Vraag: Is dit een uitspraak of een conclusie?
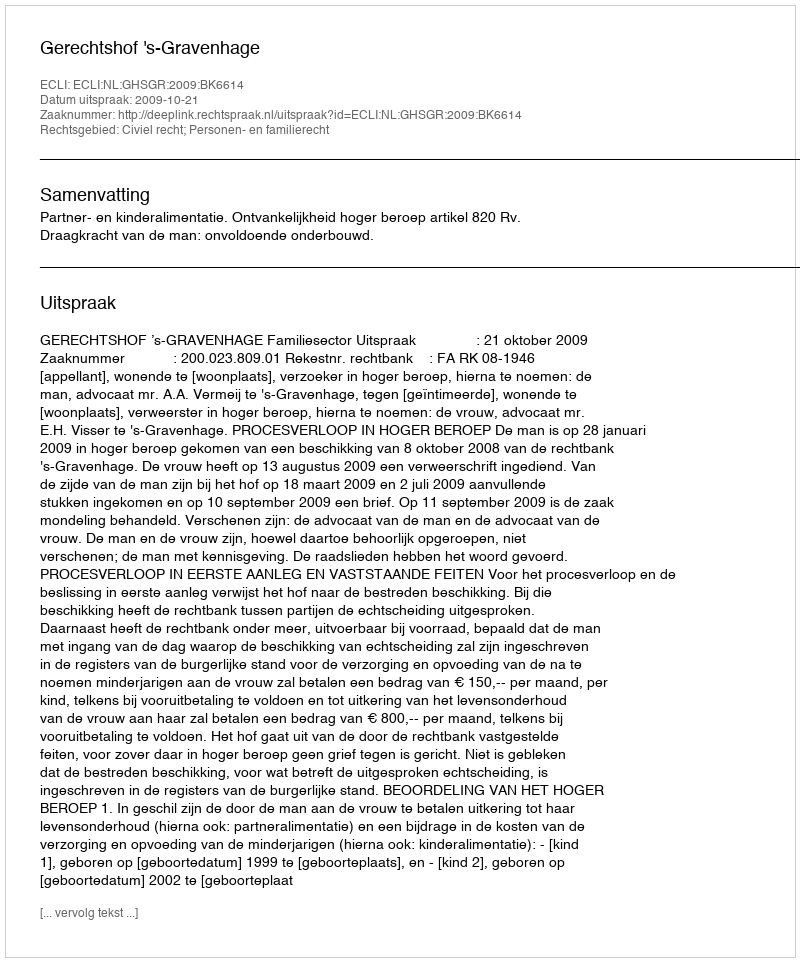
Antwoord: Uitspraak